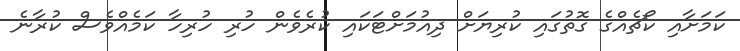
ކަމަށާއި ކޯޗެއްގެ ގޮތުގައި ކުރިޔަށް ދިއުމަށްޓަކައި ކުރެވެން ހުރި ހުރިހާ ކަމެއްވެސް ކުރާނެ